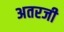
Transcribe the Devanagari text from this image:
अतरजी